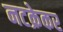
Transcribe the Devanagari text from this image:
नटक्रेकर